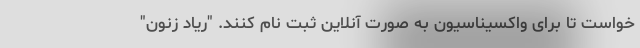
خواست تا برای واکسیناسیون به صورت آنلاین ثبت نام کنند. "ریاد زنون"